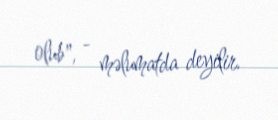
olub", - məlumatda deyilir.